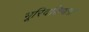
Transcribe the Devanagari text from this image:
भूरिदक्षिणः।।